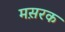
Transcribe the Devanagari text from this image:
मस़रक